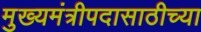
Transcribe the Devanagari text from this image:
मुख्यमंत्रीपदासाठीच्या